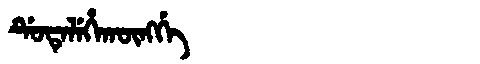
Manchu: ᡩᡠᡨᡝᠯᡝᡥᠠᡴᡡᠩᡤᡝ
Romanization: DUTELEHAKŪNGGE